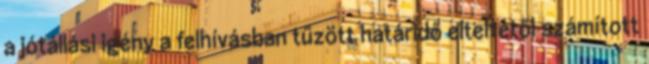
a jótállási igény a felhívásban tűzött határidő elteltétől számított